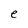
Character: e